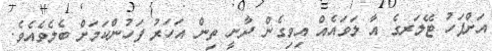
އަށްފަހު ޓޭލަރގެ އާ ލަވައެއް އިވިގެން ދާނީ ތިން އަހަރު ފަހުންކަމަށް ބެލެވެއެވެ.